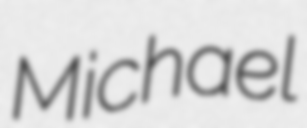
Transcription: Michael